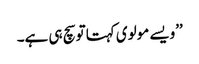
’’ویسے مولوی کہتا توسچ ہی ہے۔